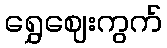
ရွှေဈေးကွက်